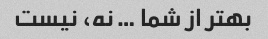
بهتر از شما … نه، نیست